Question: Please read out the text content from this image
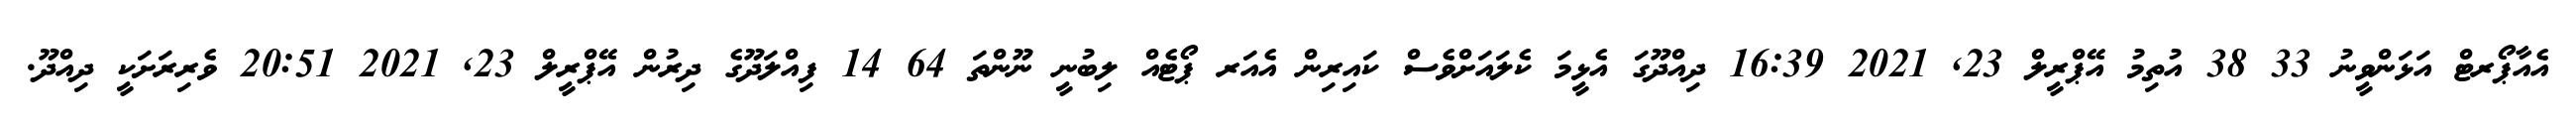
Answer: އެއާޕޯރޓް އަޅަންވީނު 33 38 އުތިމު އޭޕްރީލް 23, 2021 16:39 ދިއްދޫގަ އެޅީމަ ކެލައަށްވެސް ކައިރިން އެއަރ ޕޯޓެއް ލިބުނީ ނޫންތަ 64 14 ފިއްލަދޫގެ ދިރުން އޭޕްރީލް 23, 2021 20:51 ވެރިރަށަކީ ދިއްދޫ.